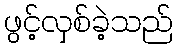
ဖွင့်လှစ်ခဲ့သည်